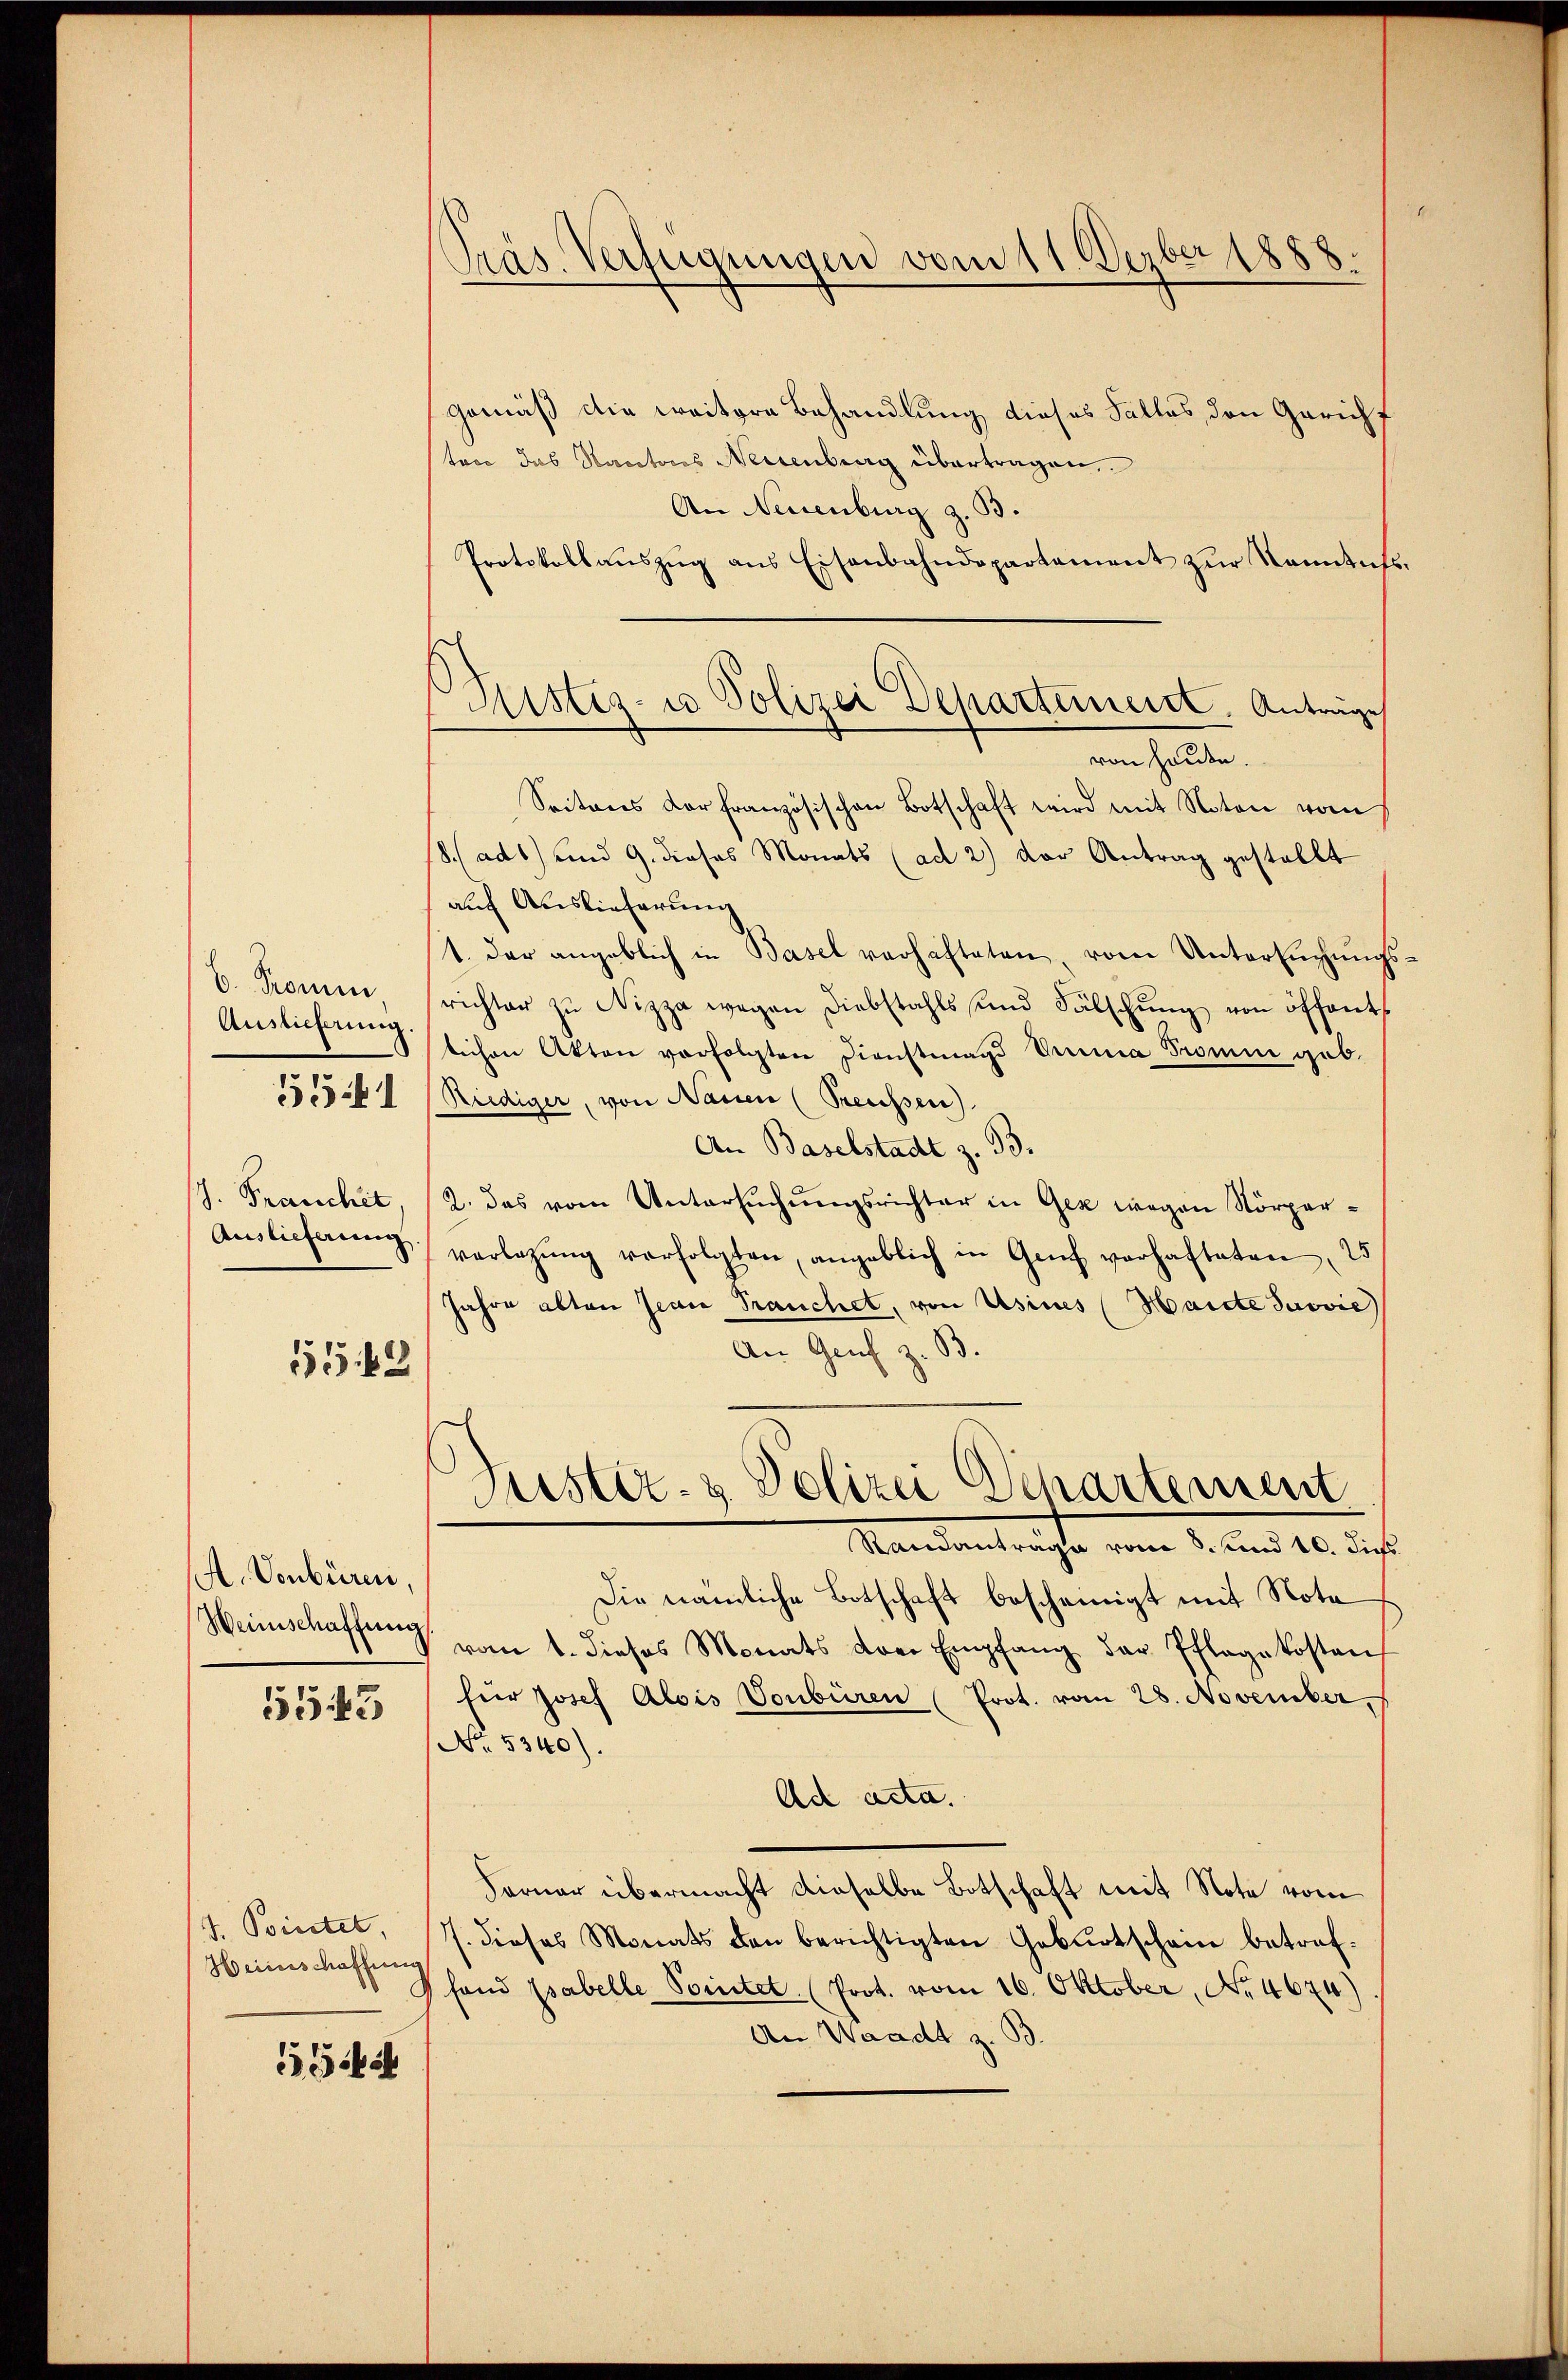
6. Promen,
Auslieferung.
J. Franchit
Auslieferung

551

1555 f 2

A. Venbüren,
Heinschaffung

5543

J. Pointet,
Heinschaffnen

1524

Präs. Verfügungen vom 11. Dezber 1888.

Mistiz- u Polizei Departement. Antrage
von Hause.

gemäß die weitere Behandlung dieses Falles, den Gericht
toce das Rectors Neisenberg übertragen,
An Neuenburg z. B.
Protokollauszug aus Eisenbahndepartement zur Kenntn
Seiteres Dorfranzösischen Botschaft wird mit Noton vom
adt) und 9. dieses Monats (ad 2) der Antrag gestellt
auf Auslieferung
t. der angeblich in Basel verhafteten, vom Untersŭchŭngs
richter zŭ Nizza wegen Diebstahls und Fälschŭng von öffent
lichen Akten vorfolgten Dienstmagd Anna Tromm geb.
Riediger, von Nassen (Preissen).
An Baselstadt z. 33.
2. das vom Untersŭchŭngsrichter in Gez wegen Körper-
verlegŭng verfolgten, angeblich in Genf verhafteten 25
Jahre alten Jean Frauchet, von Usines (Haicte Juovie
An Genf z. B.
Justiz- & Polizei Separtement
Randantrage vom 3. und 10. die
Die nämliche Botschaft bescheinigt mit Nota
vom 1. dieses Monats der Empfang der Pflegekostenz
für Josef Alois Vonbüren (Prot. vom 28. November,
No. 5340).
Ad acta.
Ferner übermacht dieselbe Botschaft mit Note vom
J. dieses Monats den berichtigten Geburtschain betreffand psabelle Pointet. (Prot. vom 16. Oktober, No. 4674)
An Waadt z. B